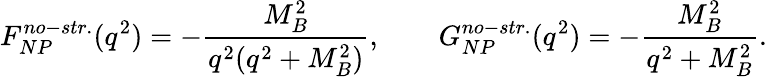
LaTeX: F_{NP}^{no-str.}(q^{2})=-{\frac{M_{B}^{2}}{q^{2}(q^{2}+M_{B}^{2})}},\qquad G_{NP}^{no-str.}(q^{2})=-{\frac{M_{B}^{2}}{q^{2}+M_{B}^{2}}}.